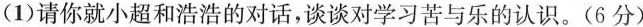
(1)请你就小超和浩浩的对话，谈谈对学习苦与乐的认识。(6分)